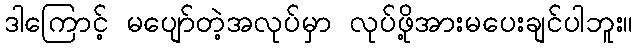
ဒါကြောင့် မပျော်တဲ့အလုပ်မှာ လုပ်ဖို့အားမပေးချင်ပါဘူး။